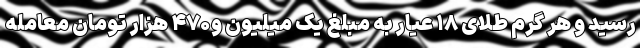
رسید و هر گرم طلای ۱۸ عیار به مبلغ یک میلیون و۴۷۰ هزار تومان معامله